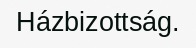
Házbizottság.